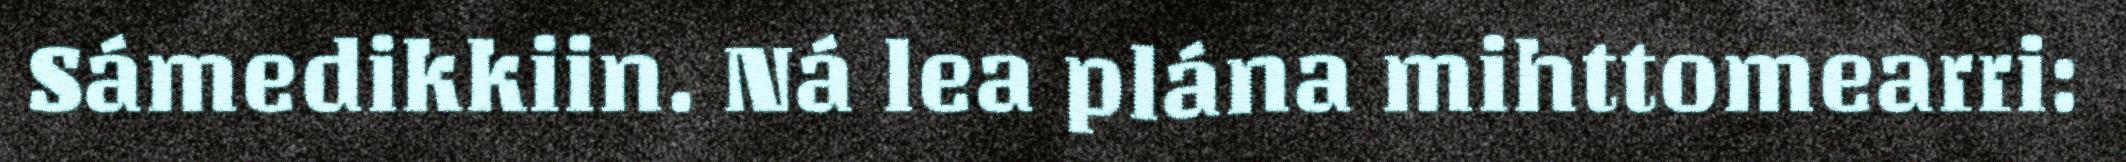
Sámedikkiin. Ná lea plána mihttomearri: